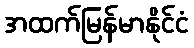
အထက်မြန်မာနိုင်ငံ